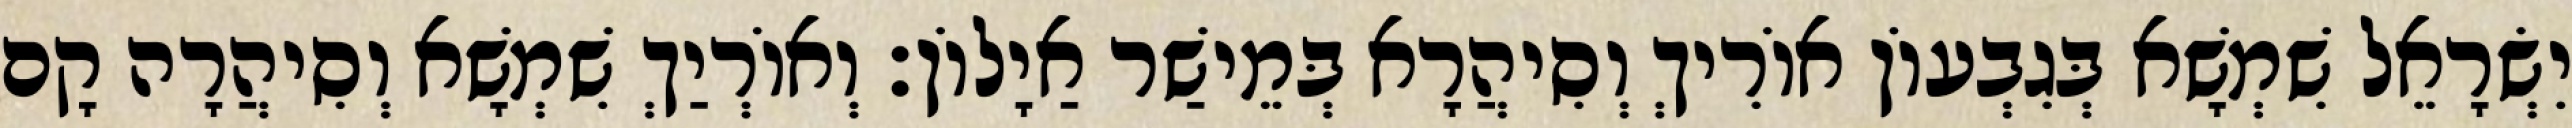
יִשְׂרָאֵל שִׁמְשָׁא בְּגִבְעוֹן אוֹרִיךְ וְסִיהֲרָא בְּמֵישַׁר אַיָלוֹן׃ וְאוֹרְיַךְ שִׁמְשָׁא וְסִיהֲרָה קָם